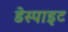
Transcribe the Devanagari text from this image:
डेस्पाइट